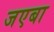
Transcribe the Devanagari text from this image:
जएबा